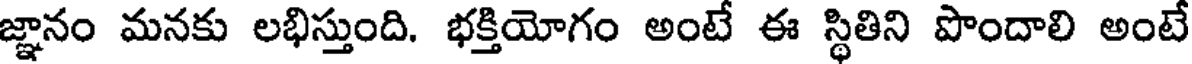
జ్ఞానం మనకు లభిస్తుంది. భక్తియోగం అంటే ఈ స్థితిని పొందాలి అంటే